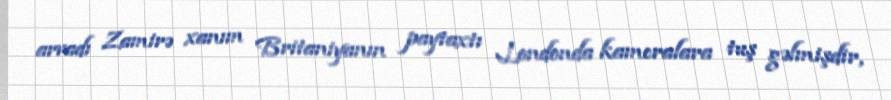
arvadı Zamirə xanım Britaniyanın paytaxtı Londonda kameralara tuş gəlmişdir,